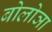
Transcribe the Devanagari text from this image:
बोलोञा